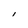
Character: I